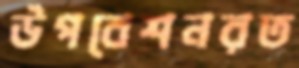
উপবেশনরত